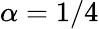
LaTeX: \alpha=1/4